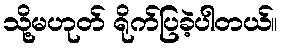
သို့မဟုတ် ရိုက်ပြခဲ့ပါတယ်။